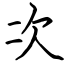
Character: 次